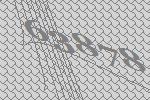
63878